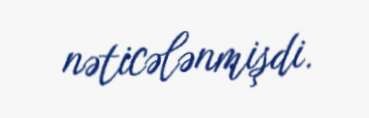
nəticələnmişdi.